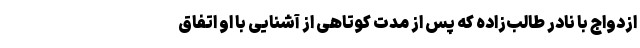
ازدواج با نادر طالب‌زاده که پس از مدت کوتاهی از آشنایی با او اتفاق